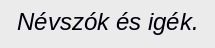
Névszók és igék.